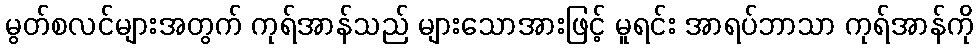
မွတ်စလင်များအတွက် ကုရ်အာန်သည် များသောအားဖြင့် မူရင်း အာရပ်ဘာသာ ကုရ်အာန်ကို